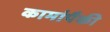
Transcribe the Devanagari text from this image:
कामांपैकी